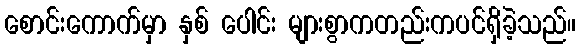
စောင်းကောက်မှာ နှစ် ပေါင်း များစွာကတည်းကပင်ရှိခဲ့သည်။